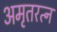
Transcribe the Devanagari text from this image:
अमृतरत्न